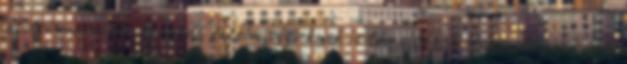
utolsó morzsáin tengődő értelmisé­gi­eknek is tanulságos olvasmány a hazai